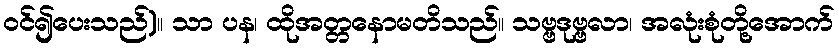
ဝင်၍ပေးသည်)။ သာ ပန၊ ထိုအတ္တနောမတိသည်။ သဗ္ဗဒုဗ္ဗလာ၊ အလုံးစုံတို့အောက်